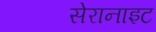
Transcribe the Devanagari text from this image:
सेरानाइट